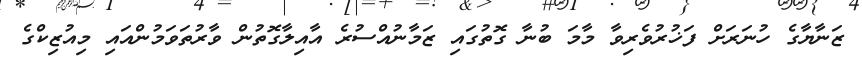
ޒަނާޔާގެ ހުނަރަށް ފަޚުރުވެރިވާ މާމަ ބުނާ ގޮތުގައި ޒަމާނުއްސުރެ އާއިލާގޮތުން ވާރުތަވަމުންއައި މިއުޒިކްގެ